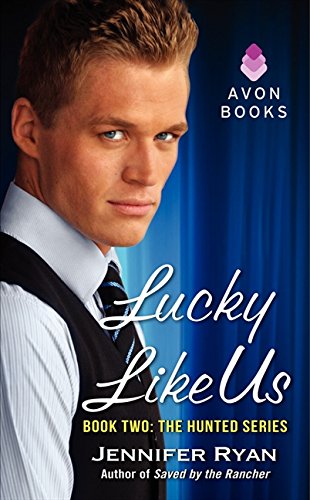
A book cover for Lucky Like Us: Book Two: The Hunted Series; Jennifer Ryan; Romance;